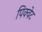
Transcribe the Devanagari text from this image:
पिक्वेट